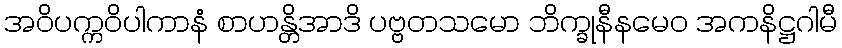
အဝိပက္ကဝိပါကာနံ စာဟန္တိအာဒိ ပဗ္ဗတသမော ဘိက္ခုနီနမေဝ အကနိဋ္ဌဂါမီ